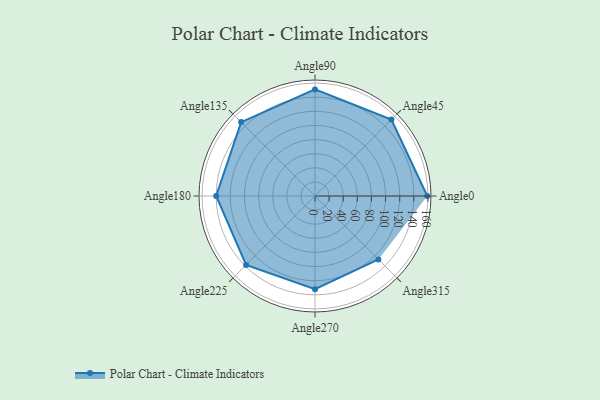
{"axis": {"x": "Angle", "y": "Radius"}, "legend": [""], "data": [{"x": "Angle0", "y": 159.0, "type": ""}, {"x": "Angle45", "y": 153.0, "type": ""}, {"x": "Angle90", "y": 151.0, "type": ""}, {"x": "Angle135", "y": 148.0, "type": ""}, {"x": "Angle180", "y": 140.0, "type": ""}, {"x": "Angle225", "y": 138.0, "type": ""}, {"x": "Angle270", "y": 132.0, "type": ""}, {"x": "Angle315", "y": 127.0, "type": ""}]}